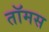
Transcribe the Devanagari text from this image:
तॉमस